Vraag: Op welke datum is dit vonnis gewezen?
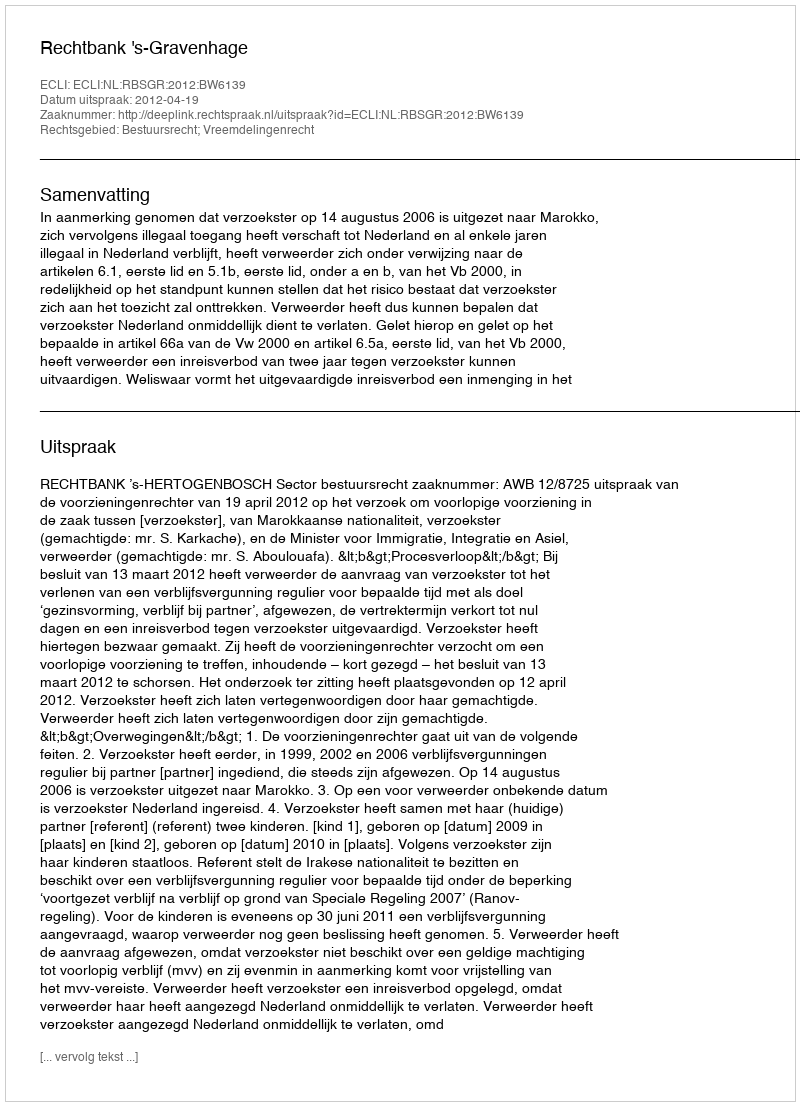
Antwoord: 2012-04-19